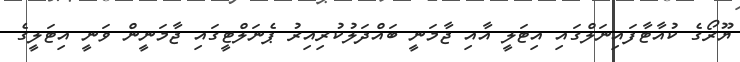
ޔޫރޯގެ ކުއާޓާފައިނަލްގައި އިޓަލީ އާއި ޖާމަނީ ބައްދަލުކުރިއިރު ޕެނަލްޓީގައި ޖާމަނީން ވަނީ އިޓަލީގެ